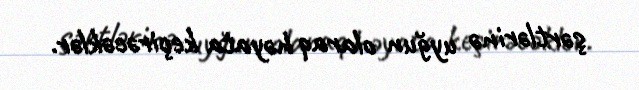
şərtlərinə uyğun olaraq həyata keçirəcəklər.